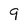
Character: 9